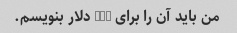
من باید آن را برای 100 دلار بنویسم.